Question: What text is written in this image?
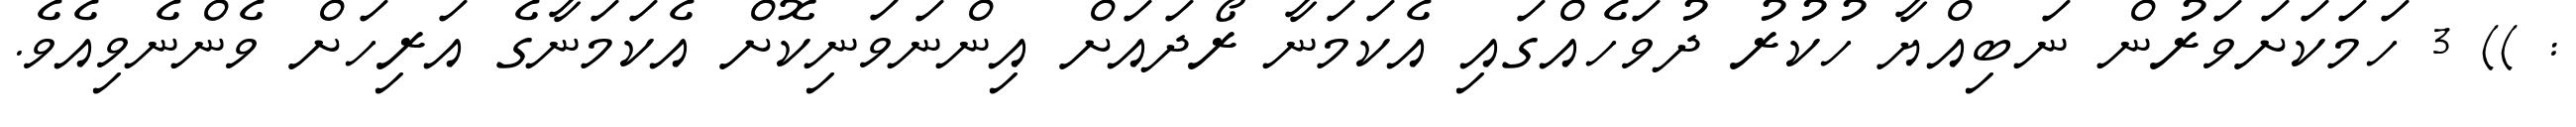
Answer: : )) 3 ހަމަކަށަވަރުން ނަބިއްޔާ ހުކުރު ދުވަހެއްގައި އެކަމަނާ ރޯދައަށް އިންނަވަނިކޮށް އެކަމަނާގެ އަރިހަށް ވެންނެވިއެވެ.